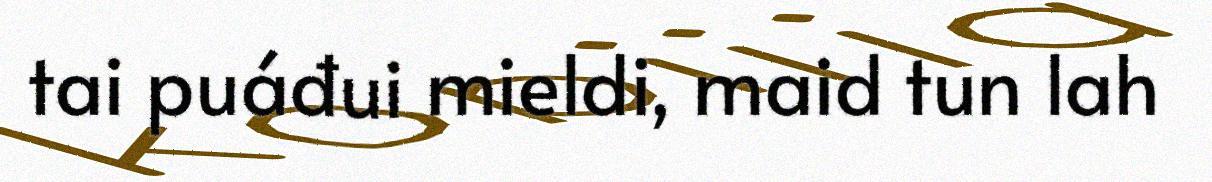
tai puáđui mieldi, maid tun lah